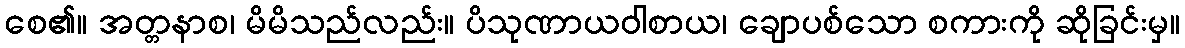
စေ၏။ အတ္တနာစ၊ မိမိသည်လည်း။ ပိသုဏာယဝါစာယ၊ ချောပစ်သော စကားကို ဆိုခြင်းမှ။